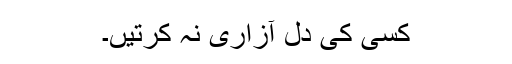
کسی کی دل آزاری نہ کرتیں۔